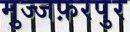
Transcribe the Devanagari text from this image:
मुज्जफ़रपुर